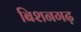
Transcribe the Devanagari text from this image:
बिशनगढ़